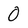
Character: 0